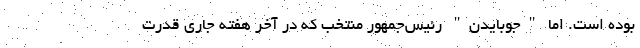
بوده است. اما "جوبایدن" رئیس‌جمهور منتخب که در آخر هفته جاری قدرت